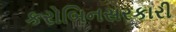
કરોબિનસરકારી